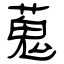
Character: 蒐